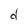
Character: d